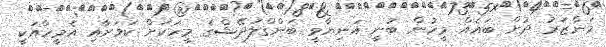
މަންޒަރު ދުށް ބައެއް މީހުން ބުނީ އަނިޔާވީ ބަންގްލަދޭޝްގެ މީހަކަށް ކަމަށާއި އެމީހާއަކީ